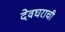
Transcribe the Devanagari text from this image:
देवघराची